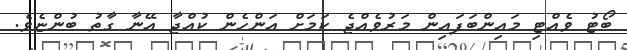
ބޯޓު ވެއްޓި މައިންބަފައިން މަރުވެއްޖެ ކަމަށް އަންހެން ކުއްޖާ އޭނާ ގާތު ބުންޏެވެ.